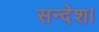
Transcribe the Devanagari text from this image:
सन्देश।